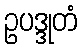
ဥပဒ္ဒုတံ